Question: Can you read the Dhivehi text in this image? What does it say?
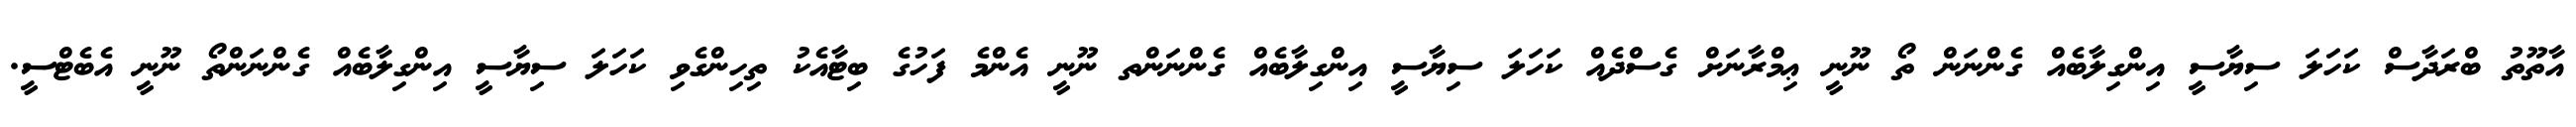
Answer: އާތޫތު ބްރަދާސް ކަހަލަ ސިޔާސީ އިންގިލާބެއް ގެންނަން ތޯ ނޫނީ ޢިމްރާނަށް ގެސްދެއް ކަހަލަ ސިޔާސީ އިންގިލާބެއް ގެންނަންތ ނޫނީ އެންމެ ފަހުގެ ބިޓާއެކު ތިހިންގެވި ކަހަލަ ސިޔާސީ އިންގިލާބެއް ގެންނަންތޯ ނޫނީ އެބެޓްސީ.